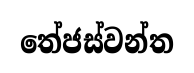
තේජස්වන්ත